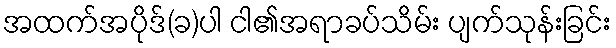
အထက်အပိုဒ်(ခ)ပါ ငါ၏အရာခပ်သိမ်း ပျက်သုန်းခြင်း